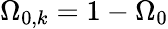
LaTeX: \Omega_{0,k}=1-\Omega_{0}